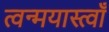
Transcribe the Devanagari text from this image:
त्वन्मयास्त्वाँ